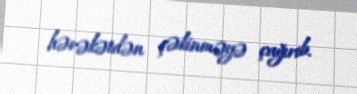
hərəkətdən çəkinməyə çağırıb.